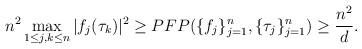
LaTeX: \begin{align*}n^2\max _{1\leq j,k \leq n}|f_j(\tau_k)|^2\geq PFP (\{f_j \}_{j=1}^n, \{\tau_j \}_{j=1}^n)\geq \frac{n^2}{{d}}.\end{align*}